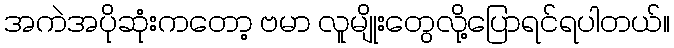
အကဲအပိုဆုံးကတော့ ဗမာ လူမျိုးတွေလို့ပြောရင်ရပါတယ်။